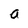
Character: a